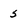
Character: 5